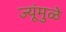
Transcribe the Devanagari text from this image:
ज्यूंमुळे